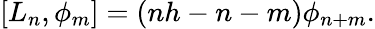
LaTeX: [L_{n},\phi_{m}]=(nh-n-m)\phi_{n+m}.